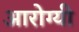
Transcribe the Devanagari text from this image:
आरोग्यी